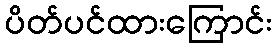
ပိတ်ပင်ထားကြောင်း